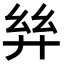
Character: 𢇂